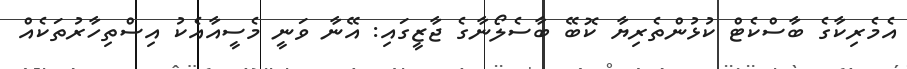
އެމެރިކާގެ ބާސްކެޓް ކުޅުންތެރިޔާ ކޮބޭ ބާސެލޯނާގެ ޖާޒީގައި: އޭނާ ވަނީ މެސީއާއެކު އިސްތިހާރުތަކެއް